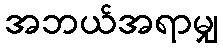
အဘယ်အရာမျှ